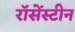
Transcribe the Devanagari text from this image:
रॉसेंस्टीन